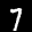
Label: 7